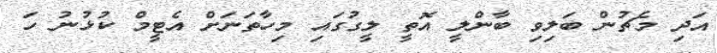
އަދި މެޗުން ބަލިވި ބާންލީ އޮތީ ލީގުގައި މިހާތަނަށް އެޓީމް ކުޅުނު ހަ